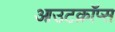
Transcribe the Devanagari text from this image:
आउटक्रॉप्स